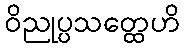
ဝိညုပ္ပသတ္ထေဟိ